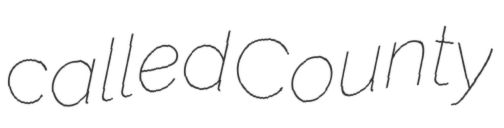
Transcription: called County